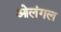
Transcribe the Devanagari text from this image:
ओलंगल